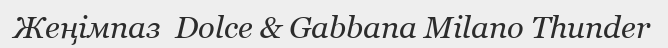
Жеңімпаз  Dolce & Gabbana Milano Thunder